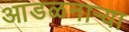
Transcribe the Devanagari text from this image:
आडळनाऱ्या